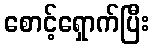
စောင့်ရှောက်ပြီး